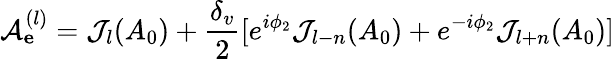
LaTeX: \mathcal{A}_{\mathbf e}^{(l)}=\mathcal{J}_{l}(A_{0})+\frac{\delta_{v}}{2}[e^{i\phi_{2}}\mathcal{J}_{l-n}(A_{0})+e^{-i\phi_{2}}\mathcal{J}_{l+n}(A_{0})]